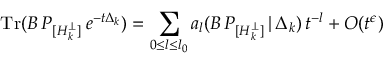
\mathrm { T r } ( B \, P _ { [ { \cal H \/ } _ { k } ^ { \perp } ] } \, e ^ { - t \Delta _ { k } } ) = \sum _ { 0 { \leq } l { \leq } l _ { 0 } } a _ { l } ( B \, P _ { [ { \cal H \/ } _ { k } ^ { \perp } ] } \, | \, \Delta _ { k } ) \, t ^ { - l } + O ( t ^ { \epsilon } )